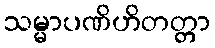
သမ္မာပဏိဟိတတ္တာ